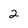
Character: 2